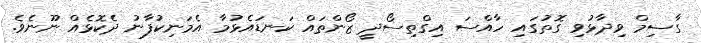
ގާސިމް ވިދާޅުވި ގޮތުގައި ހާއްސަ އިގްތިސޯދީ ޒޯންތައް ކަނޑައެޅުމާ އެމަނިކުފާނު ދެކޮޅެއް ނޫނެވެ.